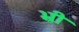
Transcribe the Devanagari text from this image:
भ्री